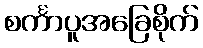
စင်္ကာပူအခြေစိုက်